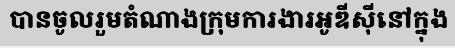
បានចូលរួមតំណាងក្រុមការងារអូឌីស៊ីនៅក្នុង